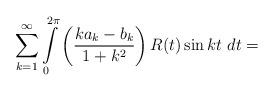
LaTeX: \begin{align*} \sum \limits _{k=1}^{\infty } \int \limits _0^{2 \pi } \left(\frac{k a_k- b_k}{1+k^2} \right) R(t) \sin k t\ dt= \end{align*}